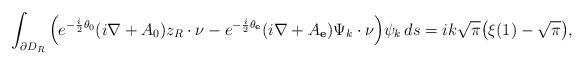
LaTeX: \begin{align*} \int_{\partial D_R}\Big(e^{-\frac i2 \theta_0} (i\nabla+A_0)z_R\cdot\nu-e^{-\frac i2 \theta_{\mathbf e}} (i\nabla+A_{\mathbf e})\Psi_k\cdot\nu\Big) \psi_k\,ds=ik\sqrt\pi\big(\xi(1)-\sqrt \pi \big),\end{align*}